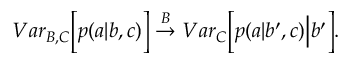
\begin{array} { r } { { V a r } _ { B , C } \Big [ p ( a | b , c ) \Big ] \stackrel { B } { \rightarrow } { V a r } _ { C } \Big [ p ( a | b ^ { \prime } , c ) \Big | b ^ { \prime } \Big ] . } \end{array}